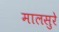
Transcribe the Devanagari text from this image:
मालसुरे